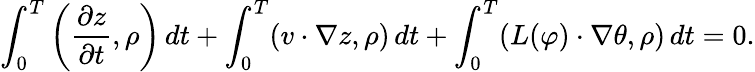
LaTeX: \int_{0}^{T}\left(\frac{\partial z}{\partial t},\rho\right)\, dt+\int_{0}^{T}(v\cdot\nabla z,\rho)\, dt+\int_{0}^{T}(L(\varphi)\cdot\nabla\theta,\rho)\, dt=0.